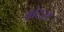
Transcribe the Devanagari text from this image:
ओटस